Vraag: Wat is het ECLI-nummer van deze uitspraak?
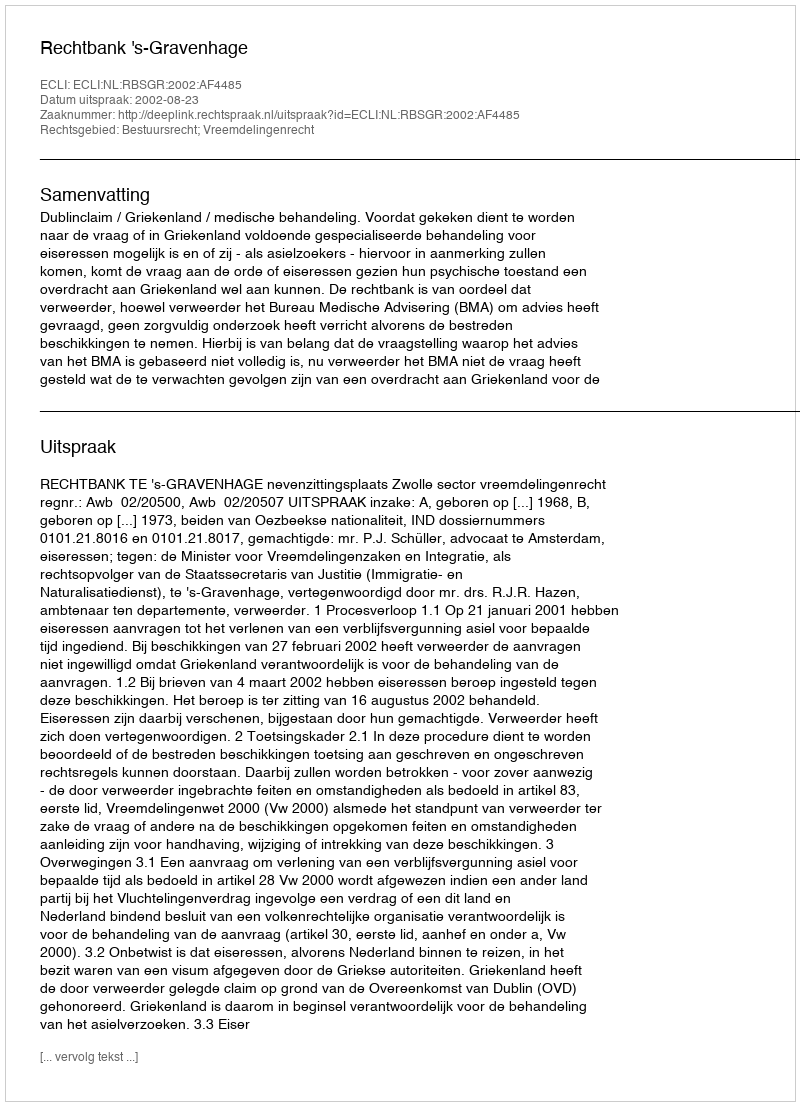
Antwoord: ECLI:NL:RBSGR:2002:AF4485